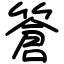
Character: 篬